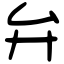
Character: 弁